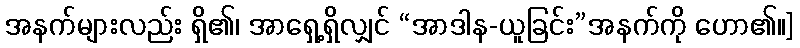
အနက်များလည်း ရှိ၏၊ အာရှေ့ရှိလျှင် “အာဒါန-ယူခြင်း”အနက်ကို ဟော၏။]